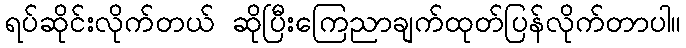
ရပ်ဆိုင်းလိုက်တယ် ဆိုပြီးကြေညာချက်ထုတ်ပြန်လိုက်တာပါ။